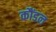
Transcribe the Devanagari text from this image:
कौंडल